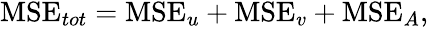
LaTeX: \begin{array}{r}{\textrm{MSE}_{tot}=\textrm{MSE}_{u}+\textrm{MSE}_{v}+\textrm{MSE}_{A},}\end{array}